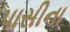
પાસીના